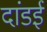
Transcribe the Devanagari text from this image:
दांडई